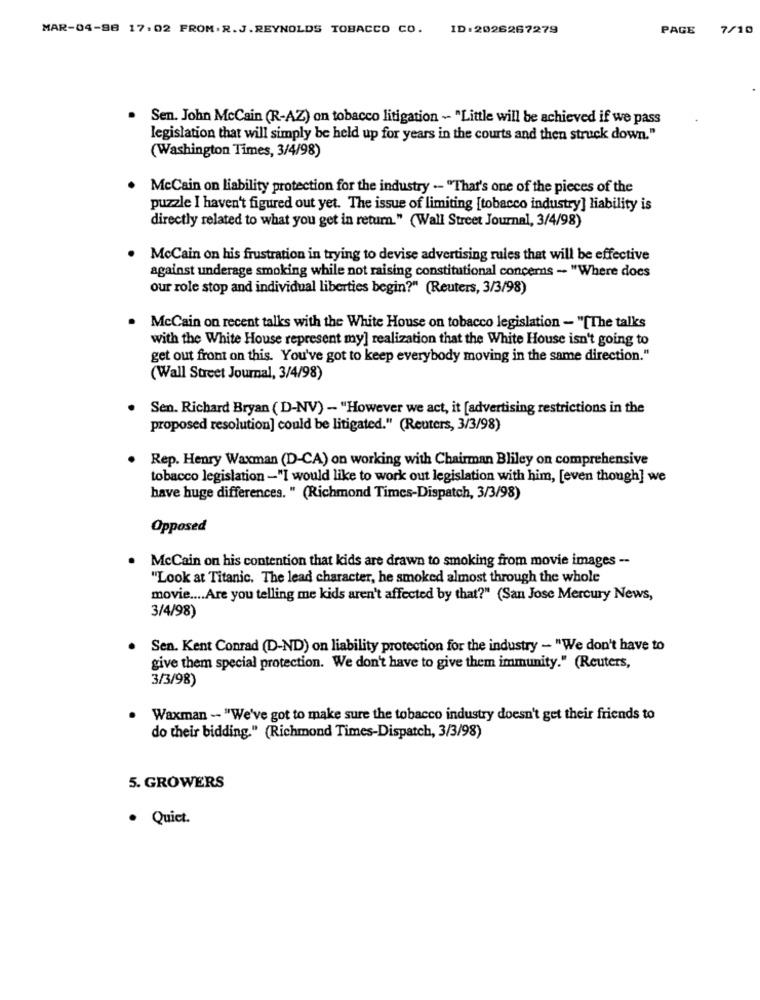
MAR-04-98 17:02 FROM. R.J.REYNOLDS TOBACCO CO. ID: 2026267279
PAGE
7/10
Sen. John McCain (R-AZ) on tobacco litigation - "Little will be achieved if we pass
legislation that will simply be held up for years in the courts and then struck down."
(Washington Times, 3/4/98)
McCain on liability protection for the industry -- "That's one of the pieces of the
puzzle I haven't figured out yet. The issue of limiting [tobacco industry] liability is
directly related to what you get in return." (Wall Street Journal, 3/4/98)
McCain on his frustration in trying to devise advertising rules that will be effective
against underage smoking while not raising constitutional concerns - "Where does
our role stop and individual liberties begin?" (Reuters, 3/3/98)
McCain on recent talks with the White House on tobacco legislation - "[The talks
with the White House represent my] realization that the White House isn't going to
get out front on this. You've got to keep everybody moving in the same direction."
(Wall Street Journal, 3/4/98)
Sen. Richard Bryan ( D-NV) - "However we act, it [advertising restrictions in the
proposed resolution] could be litigated." (Reuters, 3/3/98)
Rep. Henry Waxman (D-CA) on working with Chairman Bliley on comprehensive
tobacco legislation -"I would like to work out legislation with him, [even though] we
have huge differences. " (Richmond Times-Dispatch, 3/3/98)
Opposed
McCain on his contention that kids are drawn to smoking from movie images --
"Look at Titanic. The lead character, he smoked almost through the whole
movie .... Are you telling me kids aren't affected by that?" (San Jose Mercury News,
3/4/98)
Sen. Kent Conrad (D-ND) on liability protection for the industry - "We don't have to
give them special protection. We don't have to give them immunity." (Reuters,
3/3/98
Waxman -- "We've got to make sure the tobacco industry doesn't get their friends to
do their bidding." (Richmond Times-Dispatch, 3/3/98)
5. GROWERS
. Quiet.